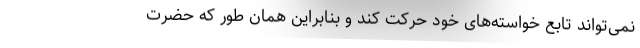
نمی‌تواند تابع خواسته‌های خود حرکت کند و بنابراین همان طور که حضرت